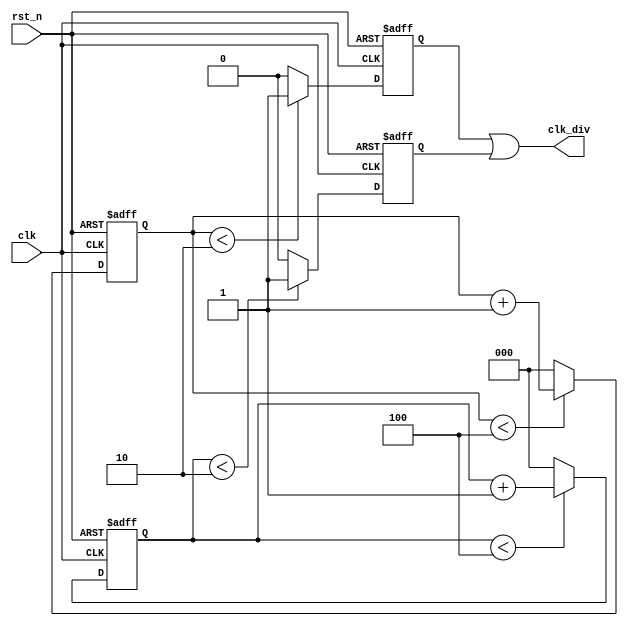
module odd_divider#(parameter NUM_DIV = 5)
    (input clk,
    input rst_n,
    output clk_div
    );
    reg[2:0] cnt1;reg[2:0] cnt2;reg clk_div1, clk_div2;

always @(posedge clk or negedge rst_n)begin     //clk
    if(!rst_n) cnt1 <= 0;
    else if(cnt1 < NUM_DIV - 1) cnt1 <= cnt1 + 1'b1;
    else cnt1 <= 0;end
always @(posedge clk or negedge rst_n)begin
    if(!rst_n) clk_div1 <= 1'b0;
    else if(cnt1 < NUM_DIV / 2) clk_div1 <= 1'b1;
    else clk_div1 <= 1'b0;end      

always @(negedge clk or negedge rst_n)begin     //clk
    if(!rst_n) cnt2 <= 0;
    else if(cnt2 < NUM_DIV - 1) cnt2 <= cnt2 + 1'b1;
    else cnt2 <= 0;end
always @(negedge clk or negedge rst_n)begin     
    if(!rst_n) clk_div2 <= 1'b0;
    else if(cnt2 < NUM_DIV / 2) clk_div2 <= 1'b1;
    else clk_div2 <= 1'b0;end      
assign clk_div = clk_div1 | clk_div2;              //clkclk
endmodule